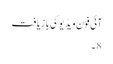
آئی فون ویڈیو کی بازیافت
8 ۔